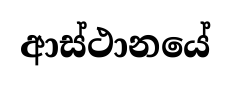
ආස්ථානයේ